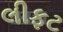
લીફટ